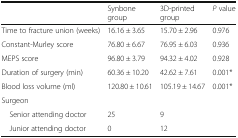
<table><thead><tr><td></td><td><b>Synbone group</b></td><td><b>3D-printed group</b></td><td><b><i>P</i> value</b></td></tr></thead><tbody><tr><td>Time to fracture union (weeks)</td><td>16.16 ± 3.65</td><td>15.70 ± 2.96</td><td>0.976</td></tr><tr><td>Constant-Murley score</td><td>76.80 ± 6.67</td><td>76.95 ± 6.03</td><td>0.936</td></tr><tr><td>MEPS score</td><td>96.80 ± 3.79</td><td>94.32 ± 4.02</td><td>0.928</td></tr><tr><td>Duration of surgery (min)</td><td>60.36 ± 10.20</td><td>42.62 ± 7.61</td><td>0.001*</td></tr><tr><td>Blood loss volume (ml)</td><td>120.80 ± 10.61</td><td>105.19 ± 14.67</td><td>0.001*</td></tr><tr><td>Surgeon</td><td></td><td></td><td></td></tr><tr><td> Senior attending doctor</td><td>25</td><td>9</td><td></td></tr><tr><td> Junior attending doctor</td><td>0</td><td>12</td><td></td></tr></tbody></table>